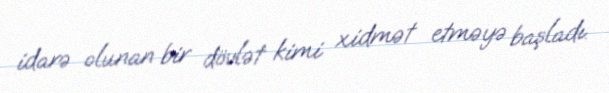
idarə olunan bir dövlət kimi xidmət etməyə başladı.